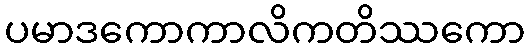
ပမာဒကောကာလိကတိဿကော